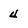
Character: 4